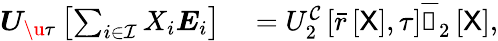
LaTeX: \begin{array}{rl}{\boldsymbol{U}_{\u{\tau}}\left[\sum_{i\in\mathcal{I}}X_{i}\boldsymbol{E}_{i}\right]}&{{}=U_{2}^{\mathcal{C}}\left[\bar{r}\left[\mathsf{X}\right],\tau\right]\overline{{\boldsymbol{\mathscr{C}}}}_{2}\left[\mathsf{X}\right],}\end{array}